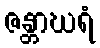
ဇန္တာဃရံ